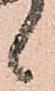
候